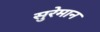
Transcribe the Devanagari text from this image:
सुरेमान